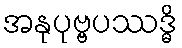
အနုပုဗ္ဗပဿဒ္ဓိ